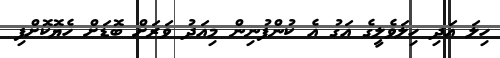
ހިލަ އަދި ހިލަވެލީގެ އަގު އެ ކުންފުނިން މިއަދު ވަރަށް ބޮޑަށް ހެޔޮކޮށްފި